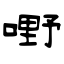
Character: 嘢